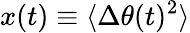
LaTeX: x(t)\equiv\langle\Delta\theta(t)^{2}\rangle